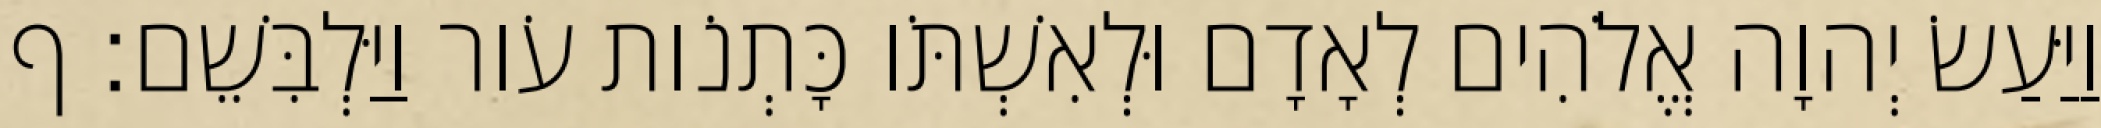
וַיַּעַשׂ יְהוָה אֱלֹהִים לְאָדָם וּלְאִשְׁתֹּו כָּתְנֹות עֹור וַיַּלְבִּשֵׁם׃ ף